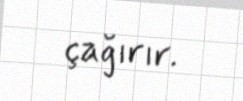
çağırır.